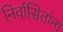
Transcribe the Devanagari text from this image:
निर्वासितांना